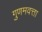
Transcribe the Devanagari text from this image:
गुणमवत्ता